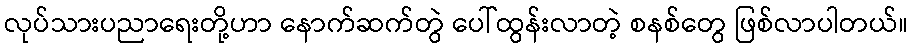
လုပ်သားပညာရေးတို့ဟာ နောက်ဆက်တွဲ ပေါ်ထွန်းလာတဲ့ စနစ်တွေ ဖြစ်လာပါတယ်။